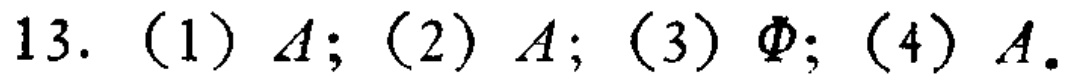
13. (1) \(A\); (2) \(A\); (3) \(\varnothing\); (4) \(A\).